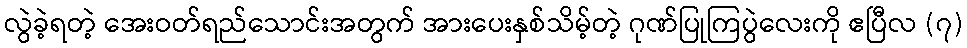
လွဲခဲ့ရတဲ့ အေးဝတ်ရည်သောင်းအတွက် အားပေးနှစ်သိမ့်တဲ့ ဂုဏ်ပြုကြပွဲလေးကို ဧပြီလ (၇)